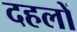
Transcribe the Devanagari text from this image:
दहलों